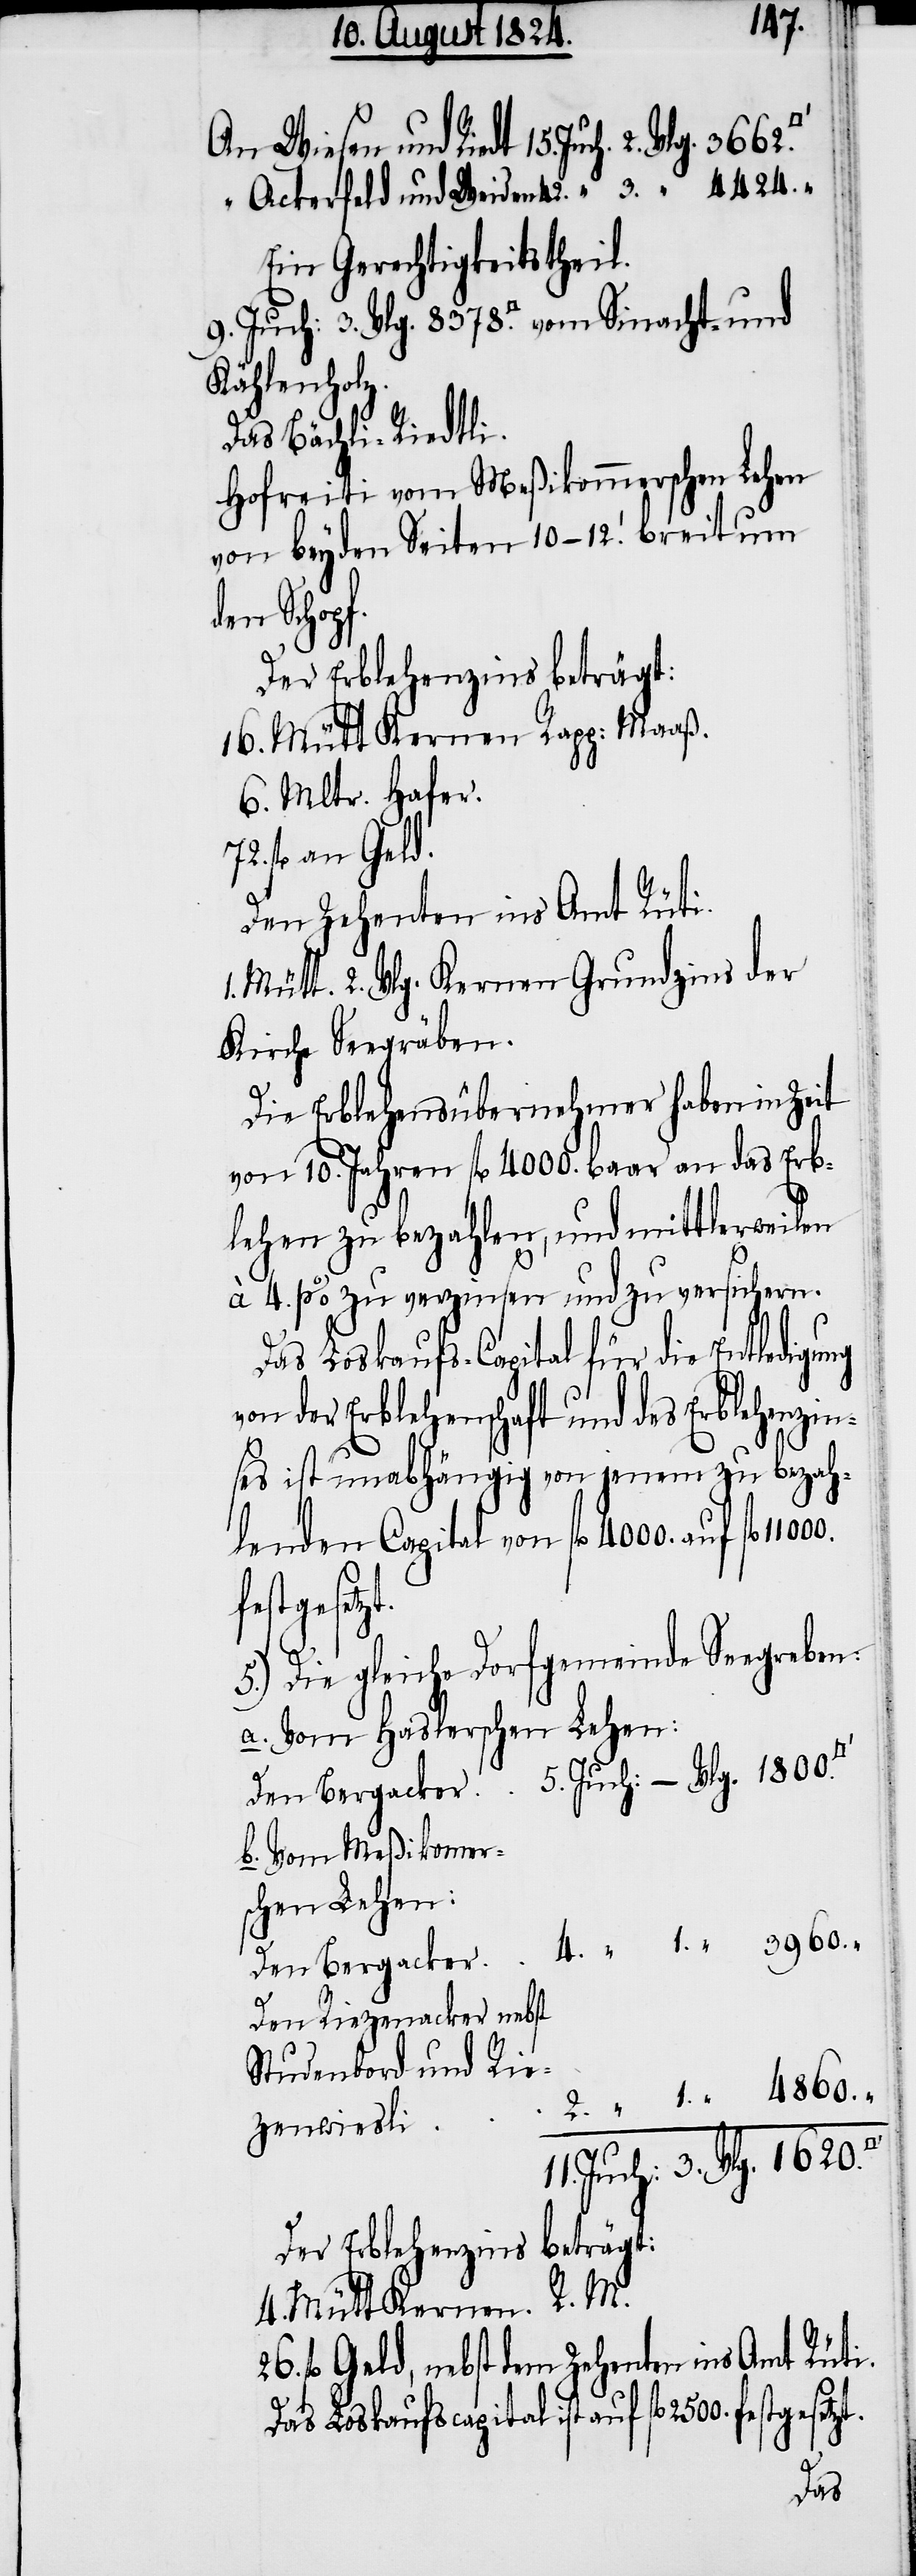
An Wiesen und Riedt 15. Juch. 2. Vlg.
“ Ackerfeld und Weiden 42. “ 3. “ 4424. “
Ein Gerechtigkeitstheil.
Kählenholz.
Das Bächli-Riedtli.
Hofreiti vom Meßikommerschen Lehen
von beyden Seiten 10–12. breit um
den Schopf.
Der Erblehenzins beträgt:
16. Mütt Kernen Rapp: Maaß.
6. Mltr. Hafer.
fl. an Geld.
Den Zehenten ins Amt Rüti.
Mütt. 2. Vlg. Kernen Grundzins der
Kirche Seegräben.
Die Erblehensübernehmer haben in Zeit
von 10. Jahren fl. 4000. baar an das Erb¬
lehen zu bezahlen, und mittlerweilen
à 4. p% zu verzinsen und zu versichern.
Das Loskaufs-Capital für die Entledigung
on der Erblehenschaft und des Erblehenzin¬
ses ist unabhängig von jenem zu bezah¬
lenden Capital von fl. 4000. auf fl.
gesetzt.
5.) Die gleiche Dorfgemeinde Seegreben:
a. Vom Haslerschen Lehen:
Den Bergacker 5. Juch: – Vlg. 1800.
b. Vom Meßikomer¬
schen Lehen:
4. “ 1. “ 3960.
Den Bergacker
“
Den Riezenacker nebst
2. “ 1. “ 4860.
zenwisli
11. Juch: 3. Vlg.1620.
4. Mütt Kernen. R. M.
fl. Geld, nebst dem Zehenten ins Amt Rüti.
Das Loskaufscapital ist auf fl. 2500. fest¬
_

26.